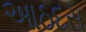
આઠદસ